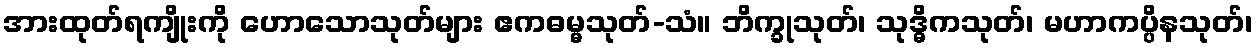
အားထုတ်ရကျိုးကို ဟောသောသုတ်များ ဧကဓမ္မသုတ်-သံ။ ဘိက္ခုသုတ်၊ သုဒ္ဓိကသုတ်၊ မဟာကပ္ပိနသုတ်၊